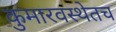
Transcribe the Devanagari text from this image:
कुमारवस्थेतच